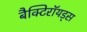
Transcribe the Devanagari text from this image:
बैक्टिरॉयड्स